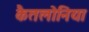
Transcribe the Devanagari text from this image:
कैतलोनिया